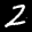
Label: 2